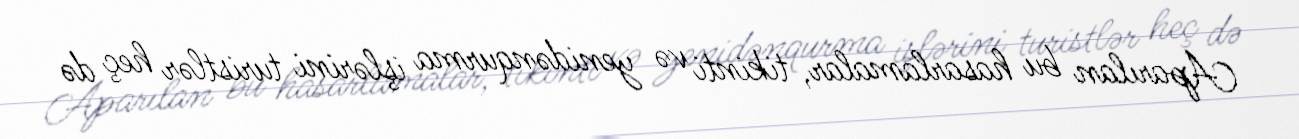
Aparılan bu hasarlamalar, tikinti və yenidənqurma işlərini turistlər heç də